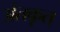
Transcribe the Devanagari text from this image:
अंतकृत्